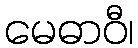
မေဓာဝီ၊